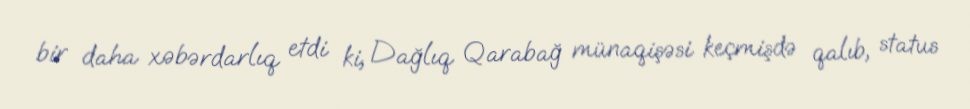
bir daha xəbərdarlıq etdi ki, Dağlıq Qarabağ münaqişəsi keçmişdə qalıb, status